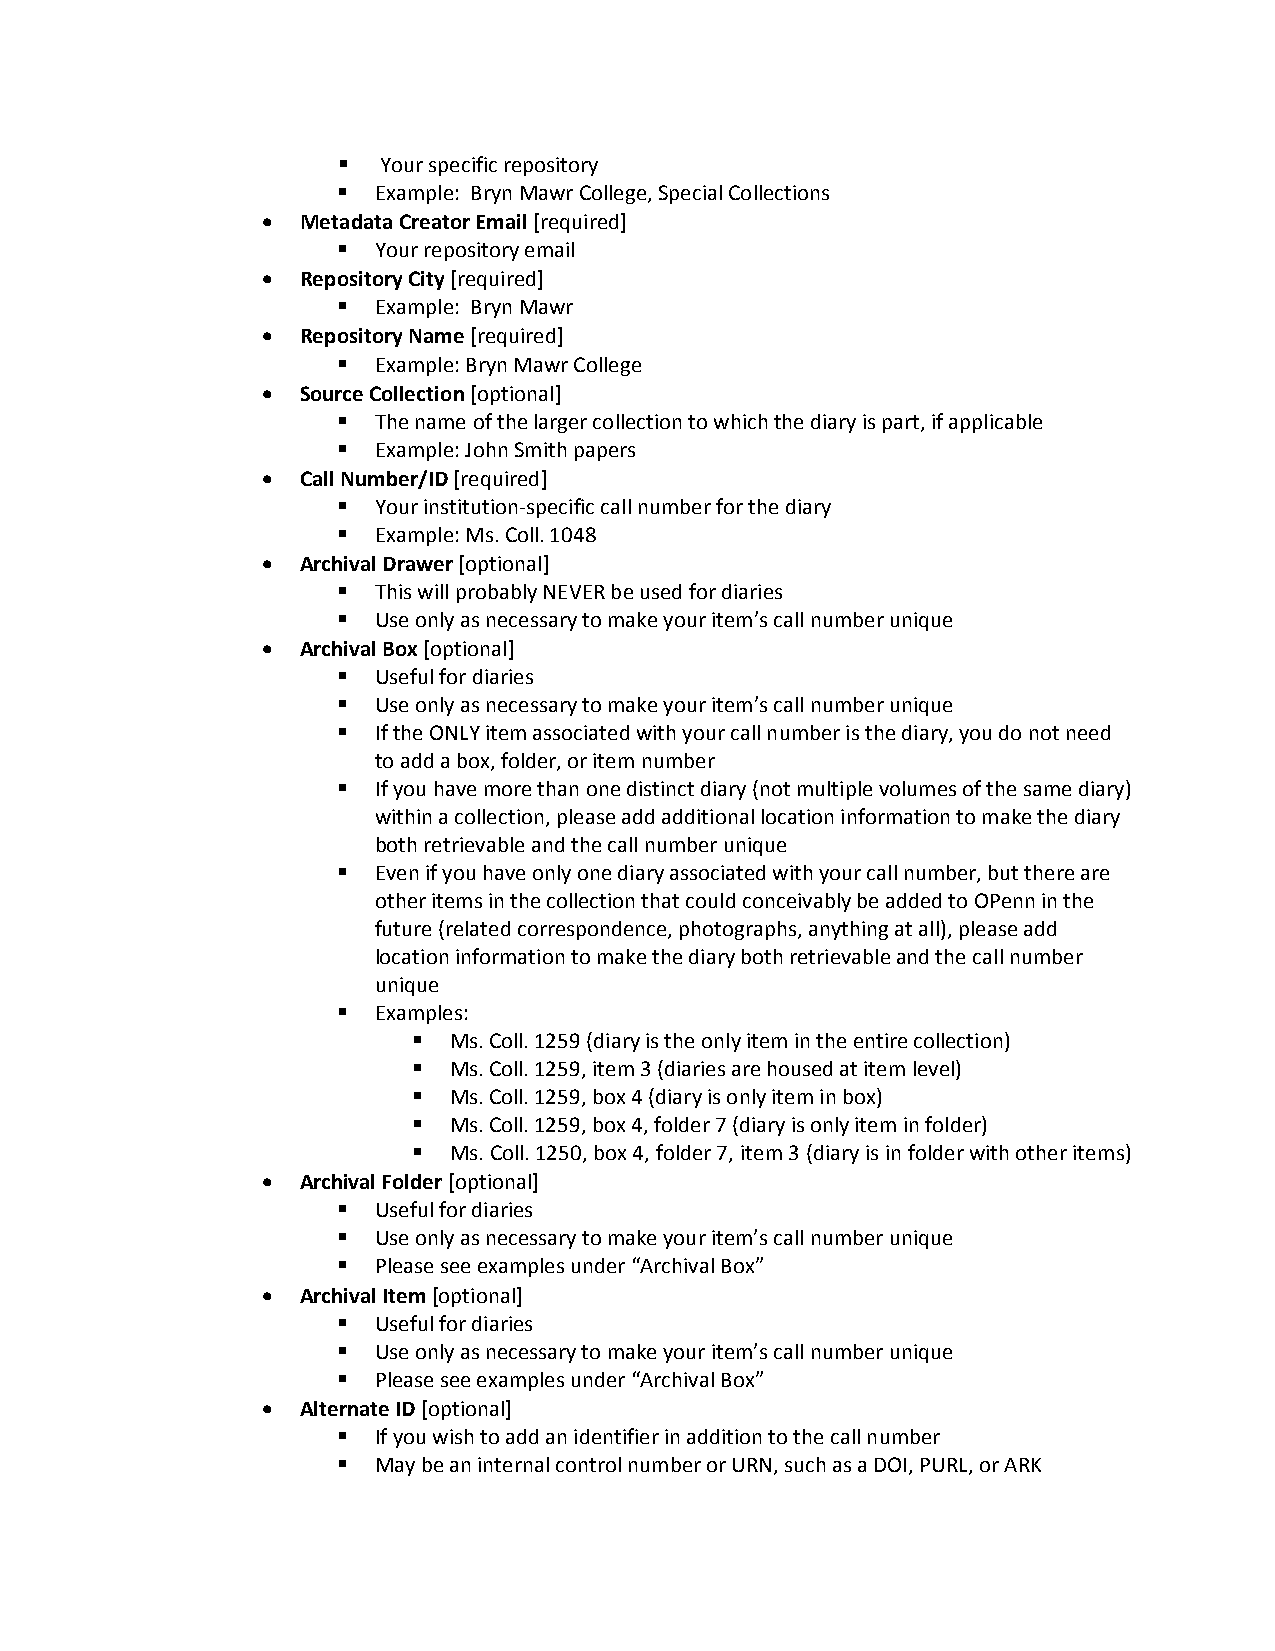
  Your specific repository
   Example: Bryn Mawr College, Special Collections
 •  Metadata Creator Email [required]
   Your repository email
 •  Repository City [required]
   Example: Bryn Mawr
 •  Repository Name [required]
   Example: Bryn Mawr College
 •  Source Collection [optional]
   The name of the larger collection to which the diary is part, if applicable
   Example: John Smith papers
 •  Call Number/ID [required]
   Your institution-specific call number for the diary
   Example: Ms. Coll. 1048
 •  Archival Drawer [optional]
   This will probably NEVER be used for diaries
   Use only as necessary to make your item’s call number unique
 •  Archival Box [optional]
   Useful for diaries
   Use only as necessary to make your item’s call number unique
   If the ONLY item associated with your call number is the diary, you do not need
 to add a box, folder, or item number
   If you have more than one distinct diary (not multiple volumes of the same diary)
 within a collection, please add additional location information to make the diary
 both retrievable and the call number unique
   Even if you have only one diary associated with your call number, but there are
 other items in the collection that could conceivably be added to OPenn in the
 future (related correspondence, photographs, anything at all), please add
 location information to make the diary both retrievable and the call number
 unique
   Examples:
   Ms. Coll. 1259 (diary is the only item in the entire collection)
   Ms. Coll. 1259, item 3 (diaries are housed at item level)
   Ms. Coll. 1259, box 4 (diary is only item in box)
   Ms. Coll. 1259, box 4, folder 7 (diary is only item in folder)
   Ms. Coll. 1250, box 4, folder 7, item 3 (diary is in folder with other items)
 •  Archival Folder [optional]
   Useful for diaries
   Use only as necessary to make your item’s call number unique
   Please see examples under “Archival Box”
 •  Archival Item [optional]
   Useful for diaries
   Use only as necessary to make your item’s call number unique
   Please see examples under “Archival Box”
 •  Alternate ID [optional]
   If you wish to add an identifier in addition to the call number
   May be an internal control number or URN, such as a DOI, PURL, or ARK